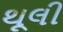
થૂલી